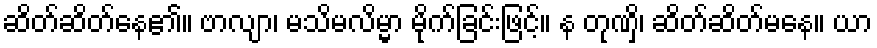
ဆိတ်ဆိတ်နေ၏။ ဗာလျာ၊ မသိမလိမ္မာ မိုက်ခြင်းဖြင့်။ န တုဏှိ၊ ဆိတ်ဆိတ်မနေ။ ယာ